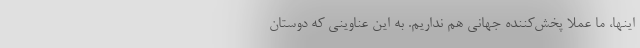
اینها، ما عملا پخش‌کننده جهانی هم نداریم. به این عناوینی که دوستان